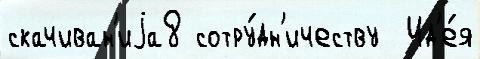
скачиван'иjа8 сотру́дн'ичеству  Ид'е́я